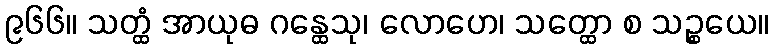
၉၆၆။ သတ္ထံ အာယုဓ ဂန္ထေသု၊ လောဟေ၊ သတ္ထော စ သဉ္စယေ။